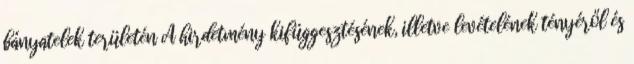
bányatelek területén A hirdetmény kifüggesztésének, illetve levételének tényéről és